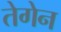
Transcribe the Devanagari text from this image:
तेगेन